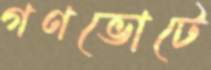
গণভোটে